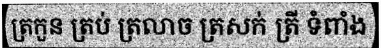
ត្រកួន ត្រប់ ត្រលាច ត្រសក់ ត្រី ទំពាំង